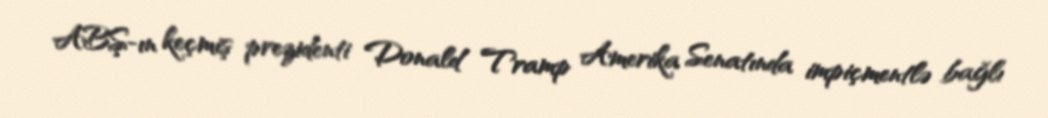
ABŞ-ın keçmiş prezidenti Donald Tramp Amerika Senatında impiçmentlə bağlı